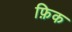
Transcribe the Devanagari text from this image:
फ़िक